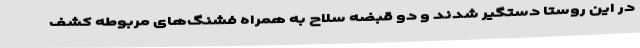
در این روستا دستگیر شدند و دو قبضه سلاح به همراه فشنگ‌های مربوطه کشف